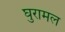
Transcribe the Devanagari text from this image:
घुरामल